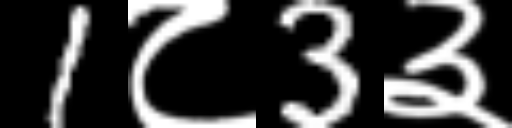
Text: 1८3३